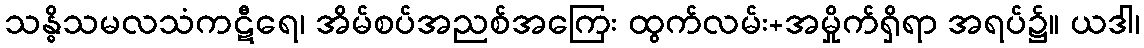
သန္ဓိသမလသံကဋီရေ၊ အိမ်စပ်အညစ်အကြေး ထွက်လမ်း+အမှိုက်ရှိရာ အရပ်၌။ ယဒါ၊